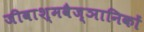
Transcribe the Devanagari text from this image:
जीवाश्मवैज्ञानिकों